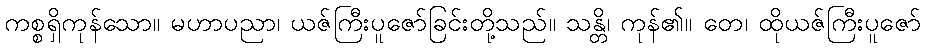
ကစ္စရှိကုန်သော။ မဟာပညာ၊ ယဇ်ကြီးပူဇော်ခြင်းတို့သည်။ သန္တိ၊ ကုန်၏။ တေ၊ ထိုယဇ်ကြီးပူဇော်